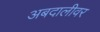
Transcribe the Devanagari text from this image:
अबदालीवर